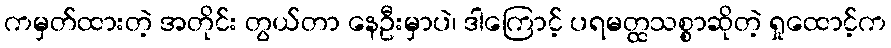
ကမှတ်ထားတဲ့ အတိုင်း တွယ်တာ နေဦးမှာပဲ၊ ဒါကြောင့် ပရမတ္ထသစ္စာဆိုတဲ့ ရှုထောင့်က